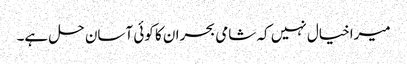
میراخیال نہیں کہ شامی بحران کا کوئی آسان حل ہے۔